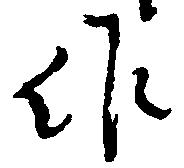
作